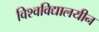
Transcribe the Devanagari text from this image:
विश्‍वविद्यालयीन